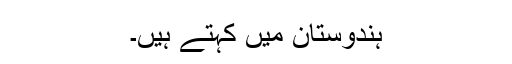
ہندوستان میں کہتے ہیں۔